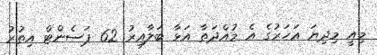
މިއީ މިދިޔަ އަހަރުގެ އެ މުއްދަތާ އަޅާ ބަލާއިރު 62 ޕަސެންޓް އިތުރު